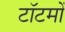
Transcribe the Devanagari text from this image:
टॉटमों